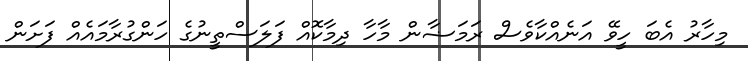
މިހާރު އެބަ ހީވޭ އަނެއްކާވެސް ރަމަޟާން މާހާ ދިމާކޮއް ފަަލަސްތީނުގެ ހަންގުރާމައެއް ފަށަން